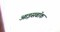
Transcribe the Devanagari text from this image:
आइसबॉक